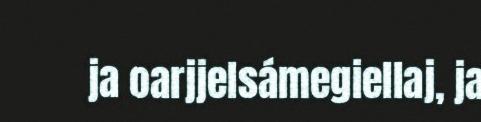
ja oarjjelsámegiellaj, ja